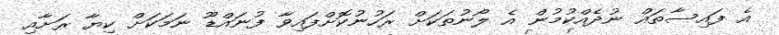
އެ ފައިސާތައް ނުދެއްކުމުން އެ ލޯނުތަކަށް ރަހުނުކޮށްފައިވާ ފުނައްޑޫ ނަމަކަށް ކިޔާ ރަށާއި